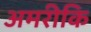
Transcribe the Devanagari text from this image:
अमरीकि